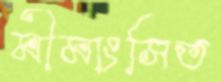
মীমাংসিত